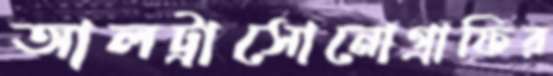
আলট্রাসোনোগ্রাফির